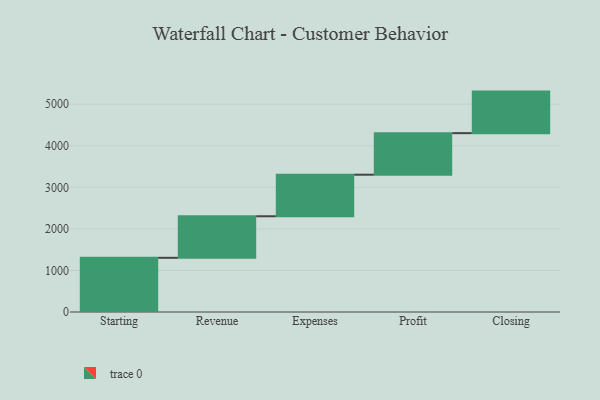
{"axis": {"x": "Step", "y": "Value"}, "legend": [""], "data": [{"x": "Starting", "y": 1304.0, "type": ""}, {"x": "Revenue", "y": 1000, "type": ""}, {"x": "Expenses", "y": 1000, "type": ""}, {"x": "Profit", "y": 1000, "type": ""}, {"x": "Closing", "y": 1000, "type": ""}]}